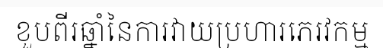
ខួបពីរឆ្នាំនៃការវាយប្រហារភេរវកម្ម